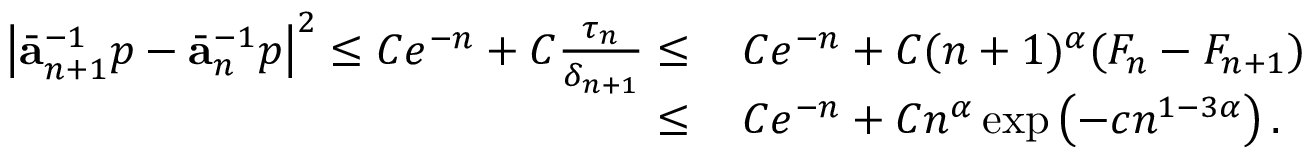
\begin{array} { r l } { \left| \bar { \mathbf { a } } _ { n + 1 } ^ { - 1 } p - \bar { \mathbf { a } } _ { n } ^ { - 1 } p \right| ^ { 2 } \leq C e ^ { - n } + C \frac { \tau _ { n } } { \delta _ { n + 1 } } \leq } & { \, C e ^ { - n } + C ( n + 1 ) ^ { \alpha } ( F _ { n } - F _ { n + 1 } ) } \\ { \leq } & { \, C e ^ { - n } + C n ^ { \alpha } \exp \left( - c n ^ { 1 - 3 \alpha } \right) . } \end{array}